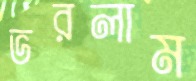
ভরলাম